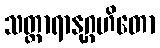
သတ္ထာရာနုဂ္ဂဟိတော